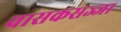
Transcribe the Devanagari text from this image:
वासकसज्जा